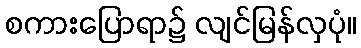
စကားပြောရာ၌ လျင်မြန်လှပုံ။